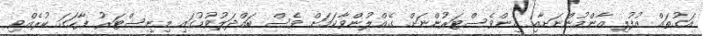
އަގުތައް އުފުލި އާންމުންނަށާއި އިންވެސްޓަރުންނަށް ގެއްލުންވާކަމަށް ވެސް ބައްދަލުވުމުގައި މިނިސްޓަރު ފާހަގަ ކުރެއްވި